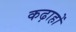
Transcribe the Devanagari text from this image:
कढ़ाहों